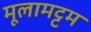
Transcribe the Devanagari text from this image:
मूलामट्टम